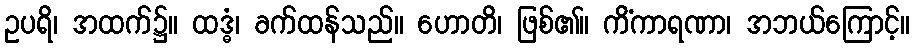
ဥပရိ၊ အထက်၌။ ထဒ္ဓံ၊ ခက်ထန်သည်။ ဟောတိ၊ ဖြစ်၏။ ကိံကာရဏာ၊ အဘယ်ကြောင့်။